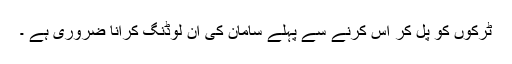
ٹرکوں کو پل کر اس کرنے سے پہلے سامان کی ان لوڈنگ کرانا ضروری ہے ۔